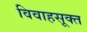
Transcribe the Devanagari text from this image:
विवाहसूक्त